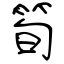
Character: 筍